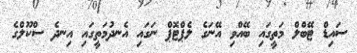
ސައިޑް ޓޭބްލް މަތީގައި ބޭއްވި އޭނަގެ ލެޕްޓޮޕް ނަގައި އެނދުމަތީގައި އިނދެ ސްކޫލްގެ